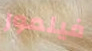
فيلمور